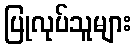
ပြုလုပ်သူများ